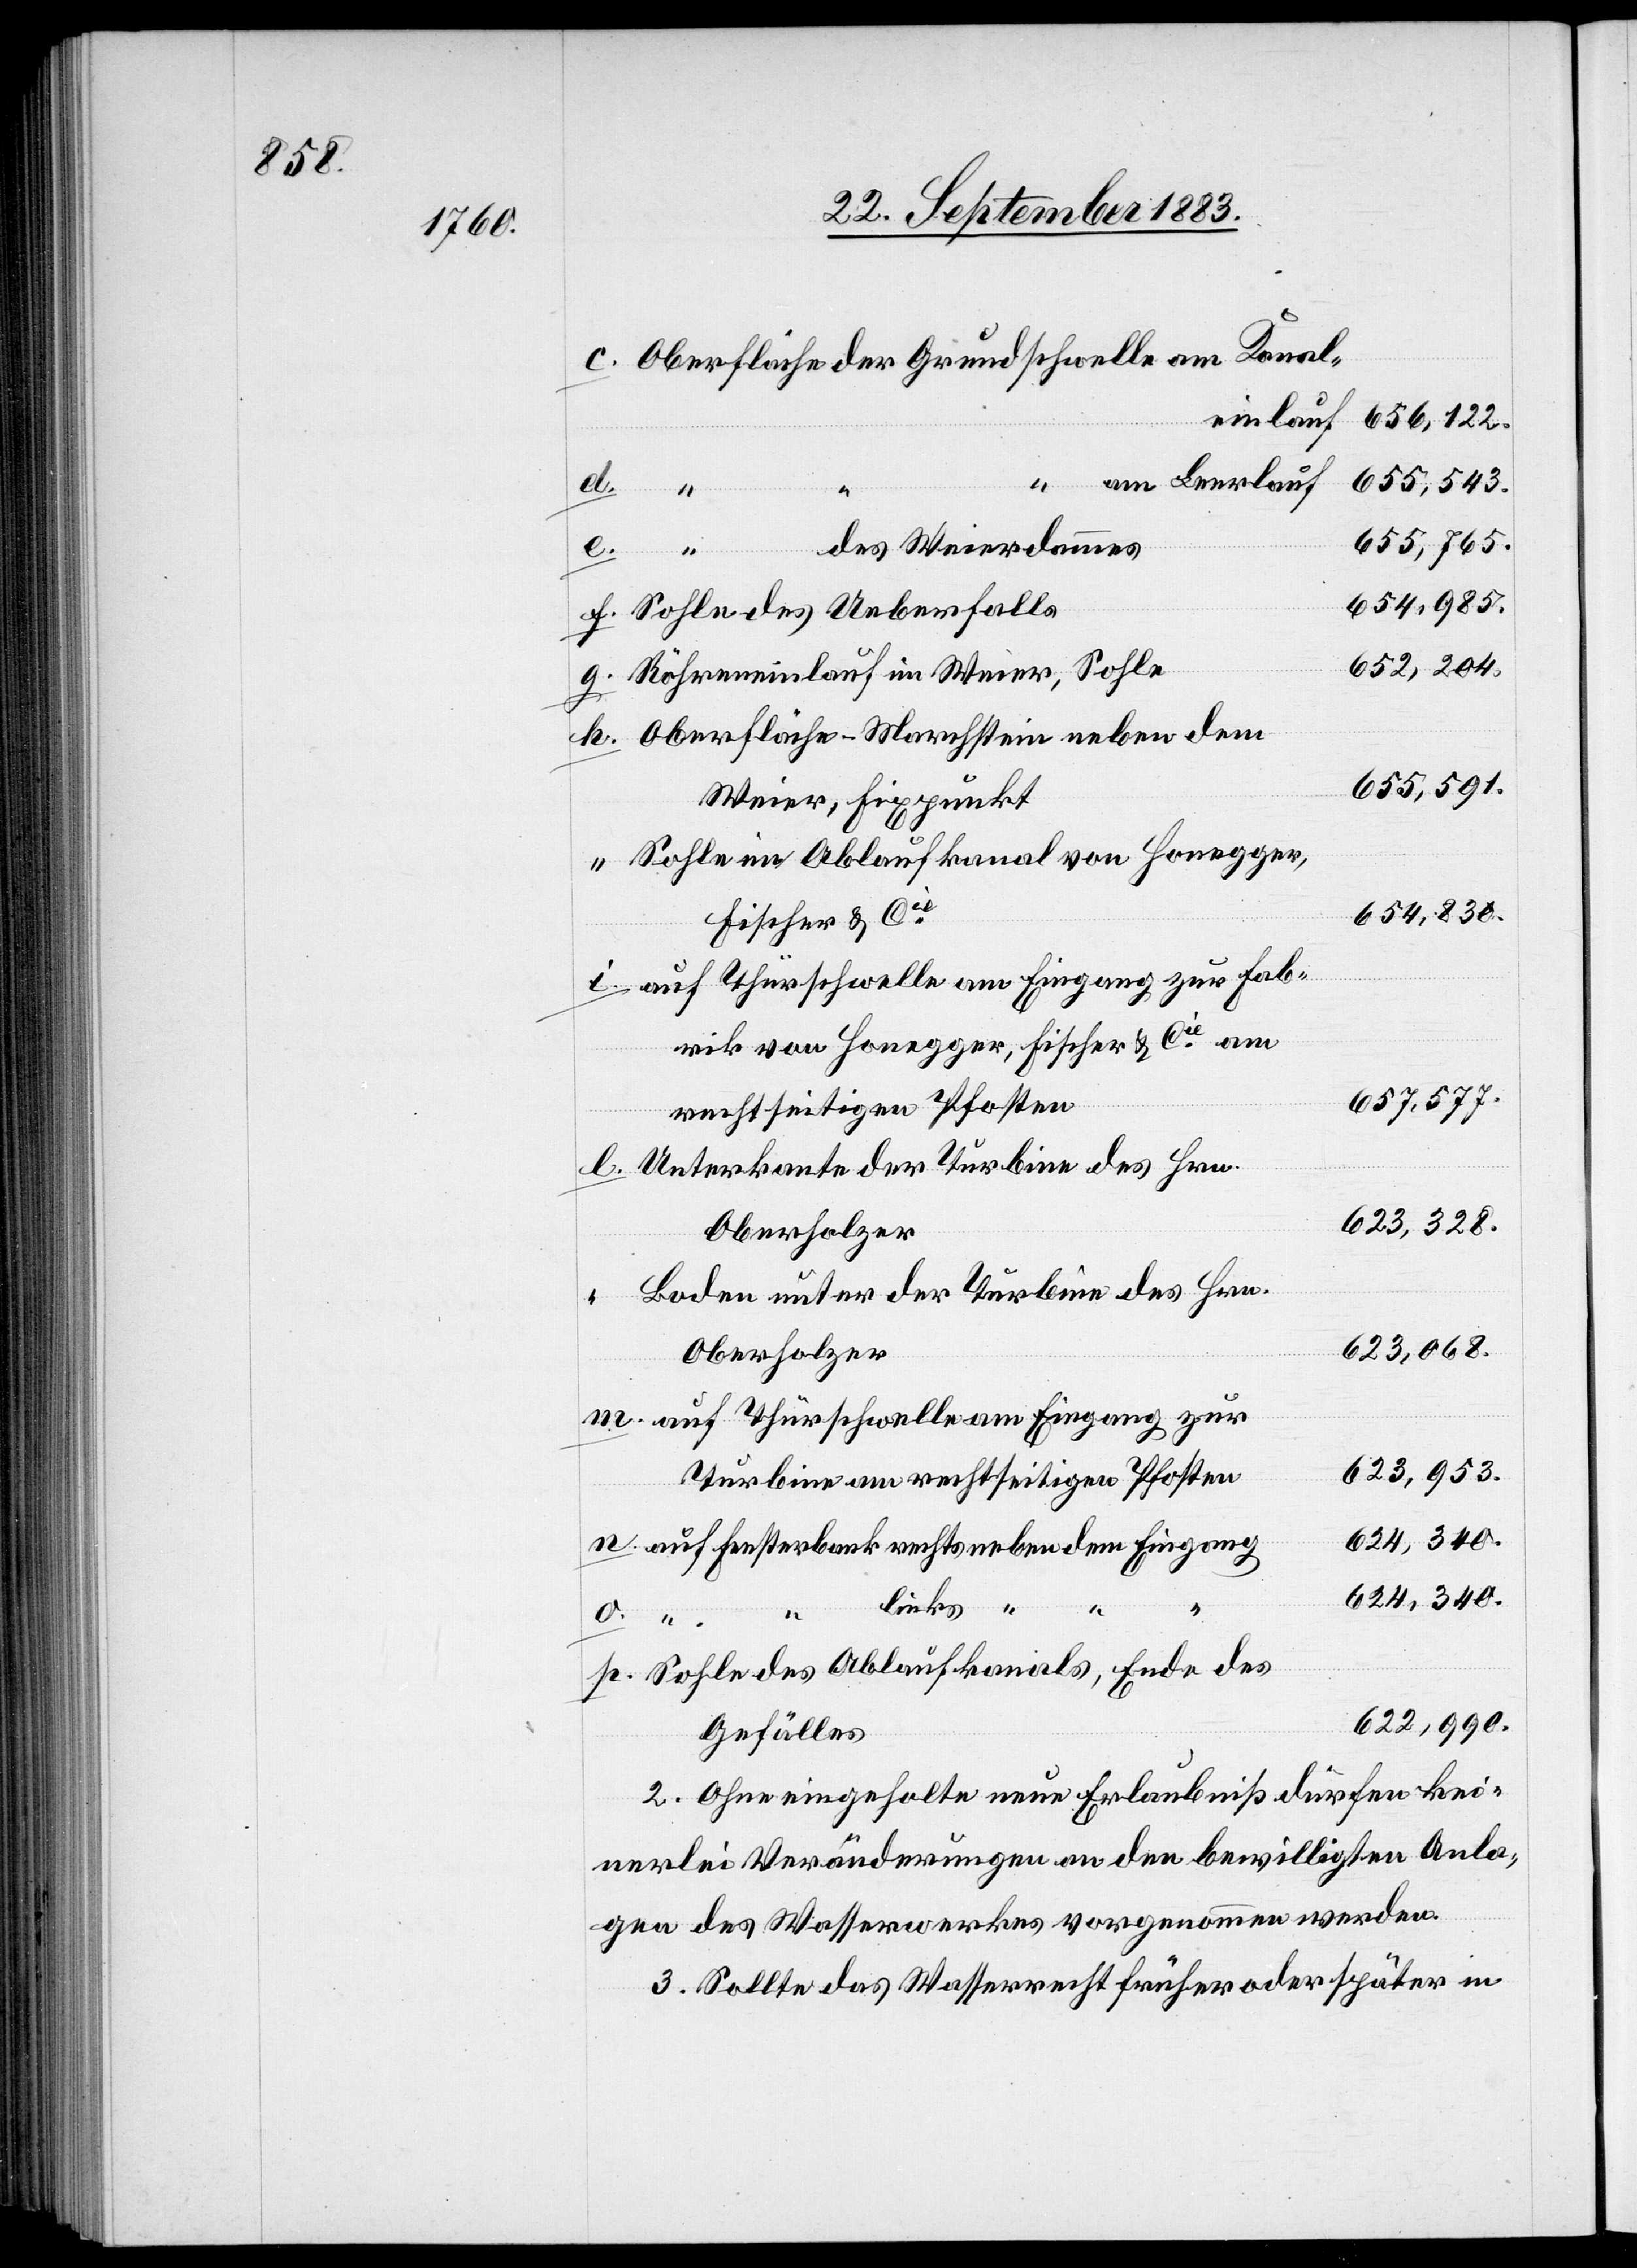
Oberfläche der Grundschwelle am Kanal¬
einlauf
656,122.
“ am Leerlauf
652,504.
h.
655,765.
des Weierdammes
p.
654,985.
Sohle des Ueberfalls
Röhreneinlauf im Weier, Sohle
Oberfläche - Marchstein neben dem
655,591.
Weier, Fixpunkt
Sohle im Ablaufkanal von Honegger,
654,830.
Fischer & Cie
auf Thürschwelle am Eingang zur Fab¬
rik Honegger, Fischer & Cie am
657,577.
rechtseitigen Pfosten
Unterkante der Turbine des Hrn.
623,328.
Oberholzer
Boden unter der Turbine des Hrn.
623,068.
auf Thürschwelle am Eingang zur
623,953.
Turbine am rechtseitigen Pfosten
624,340.
auf Fensterbank rechts neben dem Eingang
links “
Sohle des Ablaufkanals, Ende des
624,990.
Gefälles
2. Ohne eingeholte neue Erlaubniß dürfen kei¬
nerlei Veränderungen an den bewilligten Anla¬
gen des Wasserwerkes vorgenommen werden.
3. Sollte das Wasserrecht früher oder später in